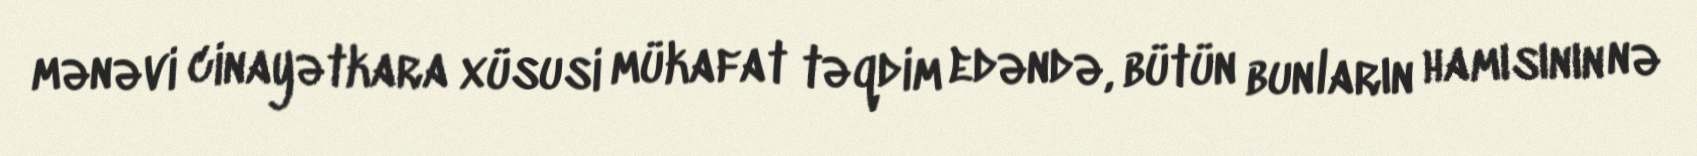
mənəvi cinayətkara xüsusi mükafat təqdim edəndə, bütün bunların hamısının nə